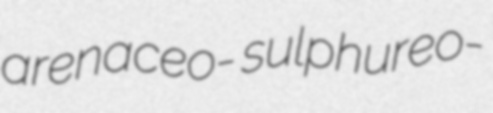
arenaceo- sulphureo-